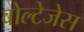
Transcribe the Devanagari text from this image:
वोल्टेजेस